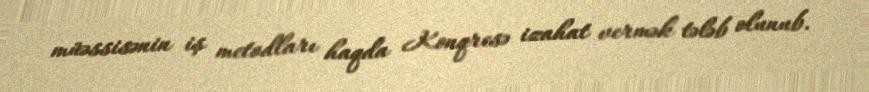
müəssisənin iş metodları haqda Konqresə izahat vermək tələb olunub.